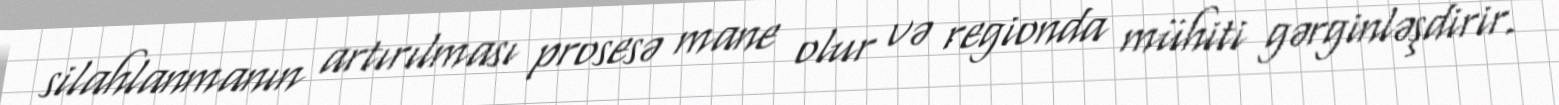
silahlanmanın artırılması prosesə mane olur və regionda mühiti gərginləşdirir.